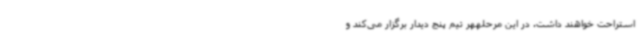
استراحت خواهند داشت. در این مرحلههر تیم پنج دیدار برگزار می‌کند و